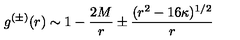
g ^ { ( \pm ) } ( r ) \sim 1 - { \frac { 2 M } { r } } \pm { \frac { ( r ^ { 2 } - 1 6 \kappa ) ^ { 1 / 2 } } { r } }